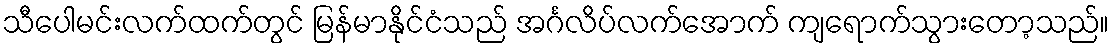
သီပေါမင်းလက်ထက်တွင် မြန်မာနိုင်ငံသည် အင်္ဂလိပ်လက်အောက် ကျရောက်သွားတော့သည်။